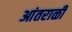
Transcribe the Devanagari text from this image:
आंतराळी